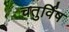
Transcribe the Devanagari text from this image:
चतुर्विंष